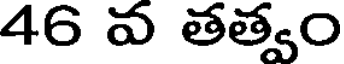
46 వ తత్వం